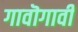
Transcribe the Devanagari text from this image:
गावॊगावी